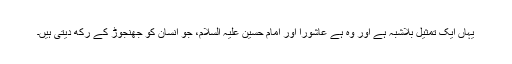
یہاں ایک تمثیل بلاشبہ ہے اور وہ ہے عاشورا اور امام حسین علیہ السلام، جو انسان کو جھنجوڑ کے رکھ دیتی ہیں۔